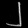
Digit: ၂